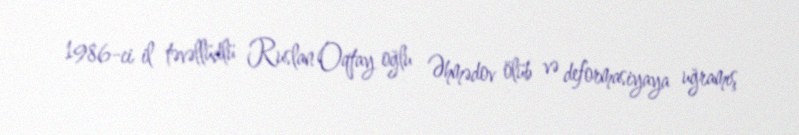
1986-ci il təvəllüdlü Ruslan Oqtay oğlu Əhmədov ölüb və deformasiyaya uğramış